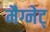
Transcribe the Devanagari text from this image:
मैग्नेट्